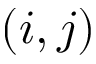
( i , j )